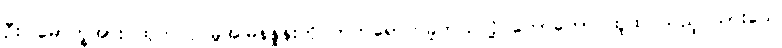
ဦးပါမောက္ခအား ထုတ်လုပ်မှုအမြန်နှုန်းကို တက်ရောက်ခဲ့တယ်လို့ တောတောင်ထူထပ်သည့် သားသေ